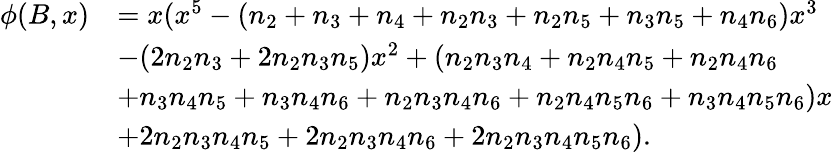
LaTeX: \begin{array}{rl}{\phi(B,x)}&{=x(x^{5}-(n_{2}+n_{3}+n_{4}+n_{2}n_{3}+n_{2}n_{5}+n_{3}n_{5}+n_{4}n_{6})x^{3}}\\ &{-(2n_{2}n_{3}+2n_{2}n_{3}n_{5})x^{2}+(n_{2}n_{3}n_{4}+n_{2}n_{4}n_{5}+n_{2}n_{4}n_{6}}\\ &{+n_{3}n_{4}n_{5}+n_{3}n_{4}n_{6}+n_{2}n_{3}n_{4}n_{6}+n_{2}n_{4}n_{5}n_{6}+n_{3}n_{4}n_{5}n_{6})x}\\ &{+2n_{2}n_{3}n_{4}n_{5}+2n_{2}n_{3}n_{4}n_{6}+2n_{2}n_{3}n_{4}n_{5}n_{6}).}\end{array}